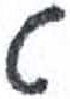
אות: ט